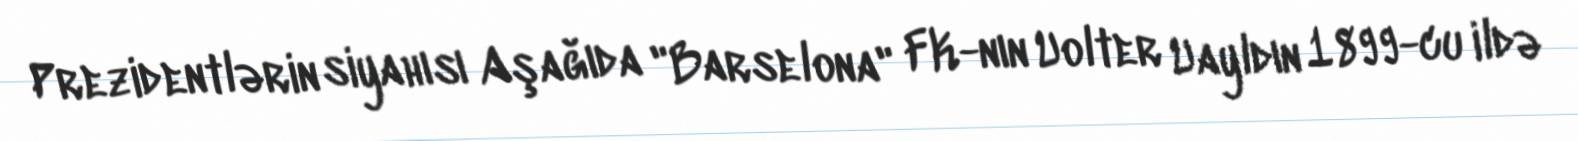
Prezidentlərin siyahısı Aşağıda "Barselona" FK-nın Uolter Uayldın 1899-cu ildə